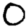
Digit: 0